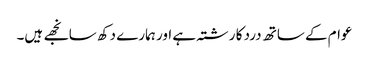
عوام کے ساتھ درد کا رشتہ ہے اور ہمارے دکھ سانجھے ہیں۔